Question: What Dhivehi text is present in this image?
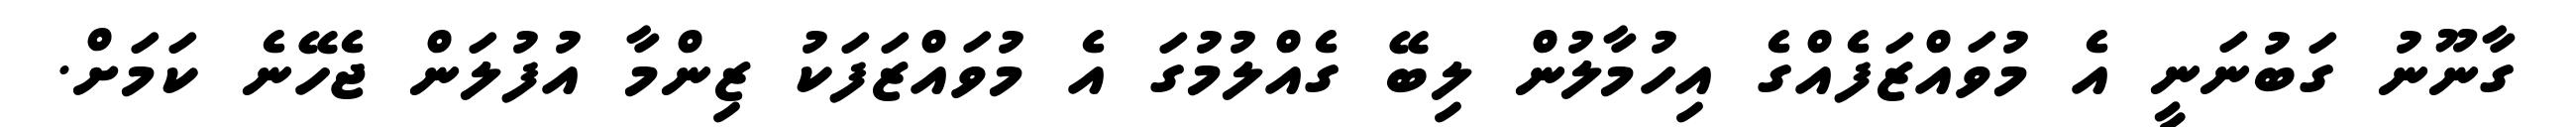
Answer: ގާނޫނު ގަބުނަނީ އެ މުވައްޒަފެއްގެ އިހުމާލުން ލިބޭ ގެއްލުމުގަ އެ މުވައްޒަފަކު ޒިންމާ އުފުލަން ޖެހޭނެ ކަމަށް.